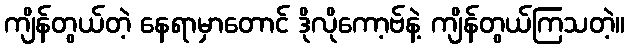
ကျိန်တွယ်တဲ့ နေရာမှာတောင် ဒိုလိုကော့ဗ်နဲ့ ကျိန်တွယ်ကြသတဲ့။